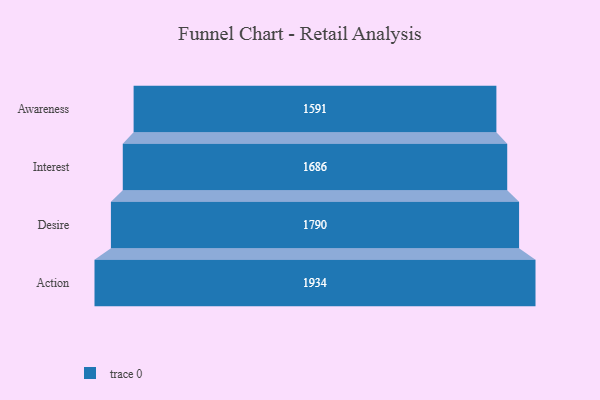
{"axis": {"x": "Stage", "y": "Value"}, "legend": [""], "data": [{"x": "Awareness", "y": 1591.0, "type": ""}, {"x": "Interest", "y": 1686.0, "type": ""}, {"x": "Desire", "y": 1790.0, "type": ""}, {"x": "Action", "y": 1934.0, "type": ""}]}